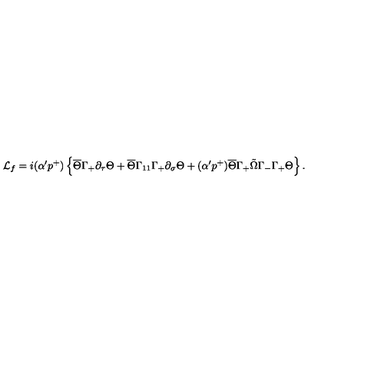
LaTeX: { \cal L } _ { f } = i ( \alpha ^ { \prime } p ^ { + } ) \left\{ \overline { { \Theta } } \Gamma _ { + } \partial _ { \tau } \Theta + \overline { { \Theta } } \Gamma _ { 1 1 } \Gamma _ { + } \partial _ { \sigma } \Theta + ( \alpha ^ { \prime } p ^ { + } ) \overline { { \Theta } } \Gamma _ { + } \tilde { \Omega } \Gamma _ { - } \Gamma _ { + } \Theta \right\} .